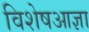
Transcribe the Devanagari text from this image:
विशेषआज्ञा